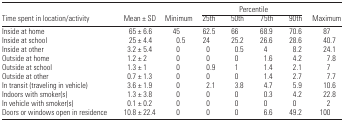
<table><thead><tr><td></td><td></td><td></td><td colspan="4"><b>Percentile</b></td><td></td></tr><tr><td><b>Time spent in location/activity</b></td><td><b>Mean ± SD</b></td><td><b>Minimum</b></td><td><b>25th</b></td><td><b>50th</b></td><td><b>75th</b></td><td><b>90th</b></td><td><b>Maximum</b></td></tr></thead><tbody><tr><td>Inside at home</td><td>65 ± 6.6</td><td>45</td><td>62.5</td><td>66</td><td>68.9</td><td>70.6</td><td>87</td></tr><tr><td>Inside at school</td><td>25 ± 4.4</td><td>0.5</td><td>24</td><td>25.2</td><td>26.6</td><td>28.6</td><td>40.7</td></tr><tr><td>Inside at other</td><td>3.2 ± 5.4</td><td>0</td><td>0</td><td>0.5</td><td>4</td><td>8.2</td><td>24.1</td></tr><tr><td>Outside at home</td><td>1.2 ± 2</td><td>0</td><td>0</td><td>0</td><td>1.6</td><td>4.2</td><td>7.8</td></tr><tr><td>Outside at school</td><td>1.3 ± 1</td><td>0</td><td>0.9</td><td>1</td><td>1.4</td><td>2.1</td><td>7</td></tr><tr><td>Outside at other</td><td>0.7 ± 1.3</td><td>0</td><td>0</td><td>0</td><td>1.4</td><td>2.7</td><td>7.7</td></tr><tr><td>In transit (traveling in vehicle)</td><td>3.6 ± 1.9</td><td>0</td><td>2.1</td><td>3.8</td><td>4.7</td><td>5.9</td><td>10.6</td></tr><tr><td>Indoors with smoker(s)</td><td>1.3 ± 3.8</td><td>0</td><td>0</td><td>0</td><td>0.3</td><td>4.2</td><td>22.8</td></tr><tr><td>In vehicle with smoker(s)</td><td>0.1 ± 0.2</td><td>0</td><td>0</td><td>0</td><td>0</td><td>0</td><td>2</td></tr><tr><td>Doors or windows open in residence</td><td>10.8 ± 22.4</td><td>0</td><td>0</td><td>0</td><td>6.6</td><td>49.2</td><td>100</td></tr></tbody></table>